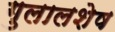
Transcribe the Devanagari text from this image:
गुलालशेष